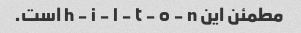
مطمئن این h - i - l - t - o - n است.